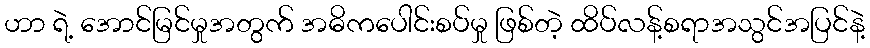
ဟာ ရဲ့ အောင်မြင်မှုအတွက် အဓိကပေါင်းစပ်မှု ဖြစ်တဲ့ ထိပ်လန့်စရာအသွင်အပြင်နဲ့